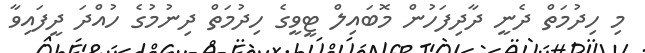
މި ހިދުމަތް ދެނީ ދާދިފަހުން މޮބައިލް ޓީވީގެ ހިދުމަތް ދިނުމުގެ ހުއްދަ ދީފައިވާ